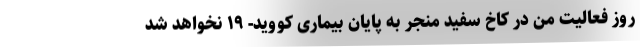
روز فعالیت من در کاخ سفید منجر به پایان بیماری کووید- ۱۹ نخواهد شد